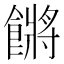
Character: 𩝴